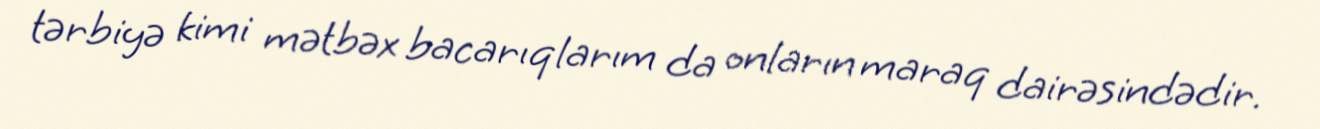
tərbiyə kimi mətbəx bacarıqlarım da onların maraq dairəsindədir.